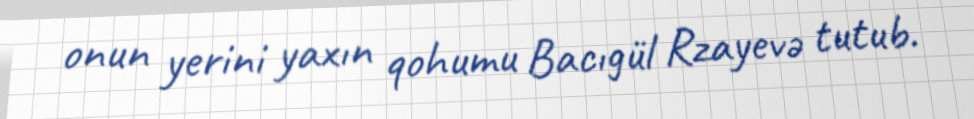
onun yerini yaxın qohumu Bacıgül Rzayevə tutub.